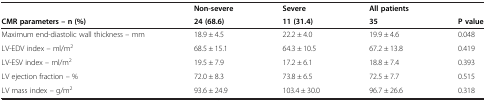
<table><thead><tr><td><b> </b></td><td><b>Non-severe</b></td><td><b>Severe</b></td><td><b>All patients</b></td><td><b> </b></td></tr><tr><td><b>CMR parameters – n (%)</b></td><td><b>24 (68.6)</b></td><td><b>11 (31.4)</b></td><td><b>35</b></td><td><b>P value</b></td></tr></thead><tbody><tr><td>Maximum end-diastolic wall thickness – mm</td><td>18.9 ± 4.5</td><td>22.2 ± 4.0</td><td>19.9 ± 4.6</td><td>0.048</td></tr><tr><td>LV-EDV index – ml/m<sup>2</sup></td><td>68.5 ± 15.1</td><td>64.3 ± 10.5</td><td>67.2 ± 13.8</td><td>0.419</td></tr><tr><td>LV-ESV index – ml/m<sup>2</sup></td><td>19.5 ± 7.9</td><td>17.2 ± 6.1</td><td>18.8 ± 7.4</td><td>0.393</td></tr><tr><td>LV ejection fraction – %</td><td>72.0 ± 8.3</td><td>73.8 ± 6.5</td><td>72.5 ± 7.7</td><td>0.515</td></tr><tr><td>LV mass index – g/m<sup>2</sup></td><td>93.6 ± 24.9</td><td>103.4 ± 30.0</td><td>96.7 ± 26.6</td><td>0.318</td></tr></tbody></table>